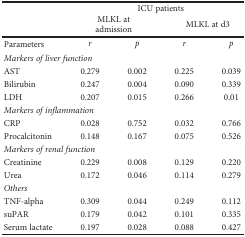
<table><thead><tr><td rowspan="2">[EMPTY_CELL]</td><td colspan="4"><b>ICU patients</b></td></tr><tr><td colspan="2"><b>MLKL at admission</b></td><td colspan="2"><b>MLKL at d3</b></td></tr></thead><tbody><tr><td>Parameters</td><td><i>r</i></td><td><i>p</i></td><td><i>r</i></td><td><i>p</i></td></tr><tr><td colspan="5"><i>Markers of liver function</i></td></tr><tr><td>AST</td><td>0.279</td><td>0.002</td><td>0.225</td><td>0.039</td></tr><tr><td>Bilirubin</td><td>0.247</td><td>0.004</td><td>0.090</td><td>0.339</td></tr><tr><td>LDH</td><td>0.207</td><td>0.015</td><td>0.266</td><td>0.01</td></tr><tr><td colspan="5"><i>Markers of inflammation</i></td></tr><tr><td>CRP</td><td>0.028</td><td>0.752</td><td>0.032</td><td>0.766</td></tr><tr><td>Procalcitonin</td><td>0.148</td><td>0.167</td><td>0.075</td><td>0.526</td></tr><tr><td colspan="5"><i>Markers of renal function</i></td></tr><tr><td>Creatinine</td><td>0.229</td><td>0.008</td><td>0.129</td><td>0.220</td></tr><tr><td>Urea</td><td>0.172</td><td>0.046</td><td>0.114</td><td>0.279</td></tr><tr><td colspan="5"><i>Others</i></td></tr><tr><td>TNF-alpha</td><td>0.309</td><td>0.044</td><td>0.249</td><td>0.112</td></tr><tr><td>suPAR</td><td>0.179</td><td>0.042</td><td>0.101</td><td>0.335</td></tr><tr><td>Serum lactate</td><td>0.197</td><td>0.028</td><td>0.088</td><td>0.427</td></tr></tbody></table>